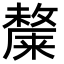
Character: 𭤎